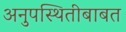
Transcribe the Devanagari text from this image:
अनुपस्थितीबाबत